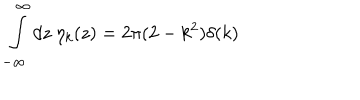
\int _ { - \infty } ^ { \infty } d z ~ \eta _ { k } ( z ) = 2 \pi ( 2 - k ^ { 2 } ) \delta ( k )